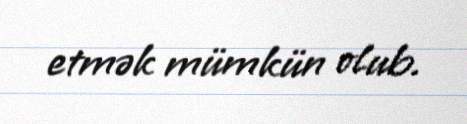
etmək mümkün olub.